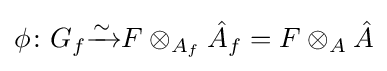
\phi \colon G_{f}{\xrightarrow {\sim }}F\otimes _{A_{f}}{\hat {A}}_{f}=F\otimes _{A}{\hat {A}}